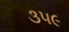
૩૫૯